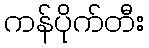
ကန်ပိုက်တီး